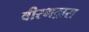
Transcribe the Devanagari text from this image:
वीरभद्रास